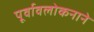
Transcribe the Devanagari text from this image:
पूर्वावलोकनाने